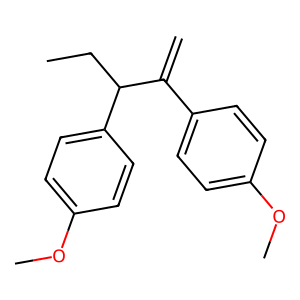
SMILES: C=C(c1ccc(OC)cc1)C(CC)c1ccc(OC)cc1
Inhibits HIV replication: No